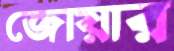
জোয়ার